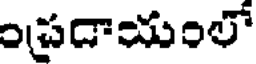
ప్రడాయంలో